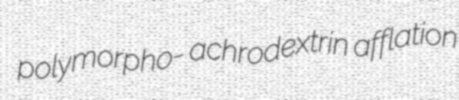
polymorpho- achrodextrin afflation